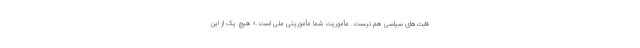
قابت‌های سیاسی هم نیست. مأموریت شما مأموریتی ملی است.» هیچ یک از این